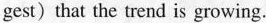
gest) that the trend is growing.